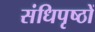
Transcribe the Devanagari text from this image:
संधिपृष्ठों